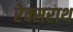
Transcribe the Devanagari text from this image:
रेक्सराथ